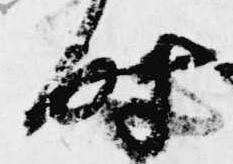
時